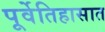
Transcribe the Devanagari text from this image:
पूर्वेतिहासात